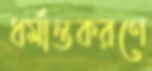
ধর্মান্তকরণে